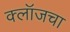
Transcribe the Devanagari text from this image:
क्लॉजचा